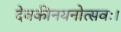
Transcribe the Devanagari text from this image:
देवकीनयनोत्सवः।